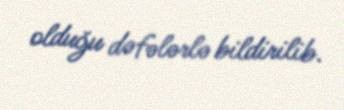
olduğu dəfələrlə bildirilib.